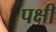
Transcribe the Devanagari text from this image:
पक्षी